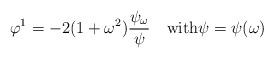
LaTeX: \begin{align*}\varphi^1=-2(1+\omega^2)\frac{\psi_\omega}\psi\quad\mbox{with}\psi=\psi(\omega)\end{align*}